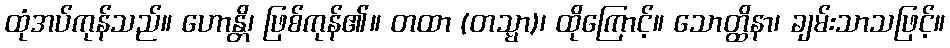
ထုံအပ်ကုန်သည်။ ဟောန္တိ၊ ဖြစ်ကုန်၏။ တထာ (တသ္မာ)၊ ထိုကြောင့်။ သောတ္ထိနာ၊ ချမ်းသာသဖြင့်။